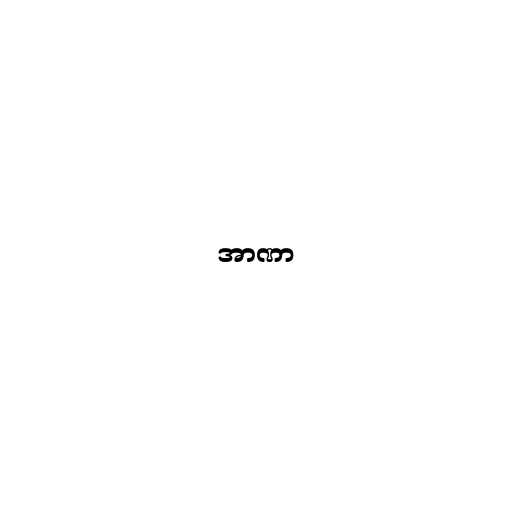
အာဏာ